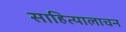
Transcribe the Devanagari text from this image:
साहित्यालाचन